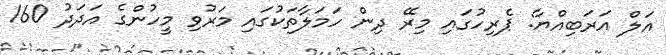
އަލް އަރަބިއްޔާ: ޕެރިހުގައި މިރޭ ދިން ހަމަލާތަކުގައި މަރުވި މީހުންގެ އަދަދު 160